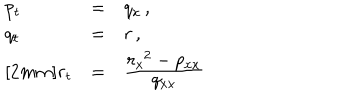
\begin{array} { l l l } { { p _ { t } } } & { { = } } & { { q _ { x } \, , } } \\ { { q _ { t } } } & { { = } } & { { r \, , } } \\ { { r _ { t } } } & { { = } } & { { \frac { \textstyle { r _ { x } ^ { \, \; 2 } - p _ { x x } } } { \textstyle { q _ { x x } } } } } \\ \end{array}